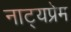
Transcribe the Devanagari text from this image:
नाट्यप्रेम